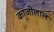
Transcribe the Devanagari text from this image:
कांजीलाल